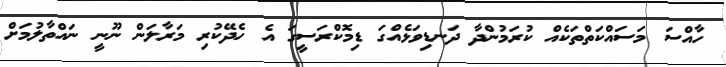
ހާއްސަ މަސައްކަތްތަކެއް ކުރަމުންދާ ދަނޑިވަޅެއްގަ ޑިމޮކްރަސީގަ އެ ހެދޭކުރި މަރާލަން ނޫނީ ނައްތާލުމަށް